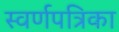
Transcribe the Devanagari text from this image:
स्वर्णपत्रिका